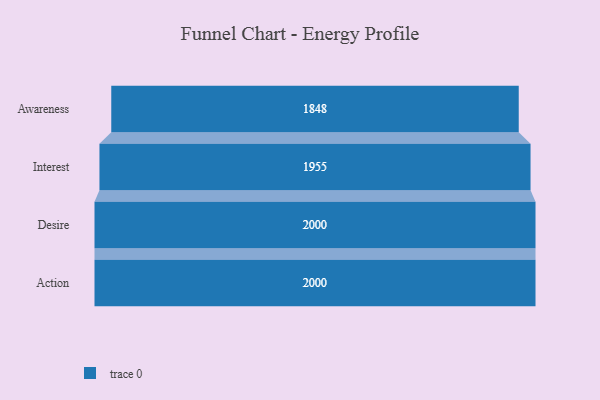
{"axis": {"x": "Stage", "y": "Value"}, "legend": [""], "data": [{"x": "Awareness", "y": 1848.0, "type": ""}, {"x": "Interest", "y": 1955.0, "type": ""}, {"x": "Desire", "y": 2000, "type": ""}, {"x": "Action", "y": 2000, "type": ""}]}